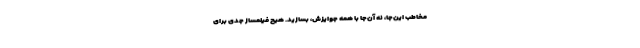
مخاطب این‌جا، نه آن‌جا با همه جوایزش، بسازید. هیچ فیلمساز جدی برای